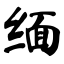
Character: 缅